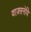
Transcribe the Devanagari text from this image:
वाज़सनेयि